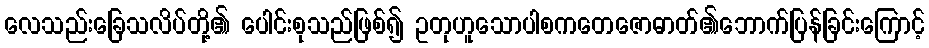
လေသည်းခြေသလိပ်တို့၏ ပေါင်းစုသည်ဖြစ်၍ ဥတုဟူသောပါစကတေဇောဓာတ်၏ဘောက်ပြန်ခြင်းကြောင့်